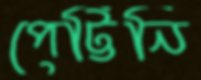
পেট্টিনি